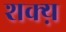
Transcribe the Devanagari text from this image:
शक्य़